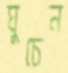
ঘুচেন